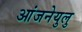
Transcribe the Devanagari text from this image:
आंजनेयुलु